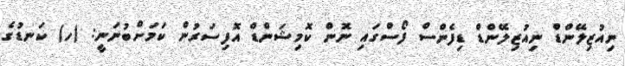
ނިއުޒިލޭންޑް ނިއުޒިލޭންޑް ޑިފެންސް ފޯސްގައި ނޮން ކޮމިޝަންޑް އޮފިސަރުން ކަމަށްބުނަނީ: (ހ) ކަނޑުގެ